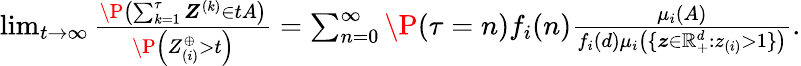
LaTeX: \begin{array}{r}{\operatorname*{lim}_{t\to\infty}\frac{\P\left(\sum_{k=1}^{\tau}\boldsymbol Z^{(k)}\in tA\right)}{\P\left(Z_{(i)}^{\oplus}>t\right)}=\sum_{n=0}^{\infty}\P(\tau=n)f_{i}(n)\frac{\mu_{i}(A)}{f_{i}(d)\mu_{i}\left(\{ \boldsymbol z\in\mathbb{R}_{+}^{d}:z_{(i)}>1\} \right)}.}\end{array}